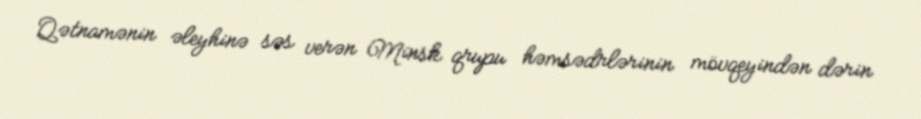
Qətnamənin əleyhinə səs verən Minsk qrupu həmsədrlərinin mövqeyindən dərin